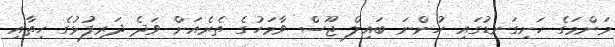
މަންމަގެ ހަށިގަނޑުގައި ހުންނަ ބައިލް ޖޫސް ވާމަހުގެ ތެރެއަށް ވަދެ ދަރިފުޅުގެ ހިތާއި